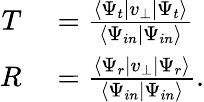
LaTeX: \begin{array}{rl}{T}&{{}=\frac{\langle\Psi_{t}|v_{\bot}|\Psi_{t}\rangle}{\langle\Psi_{in}|\Psi_{in}\rangle}}\\ {R}&{{}=\frac{\langle\Psi_{r}|v_{\bot}|\Psi_{r}\rangle}{\langle\Psi_{in}|\Psi_{in}\rangle}.}\end{array}